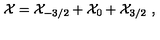
{ \cal X } = { \cal X } _ { - 3 / 2 } + { \cal X } _ { 0 } + { \cal X } _ { 3 / 2 } \ ,